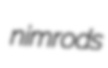
nimrods